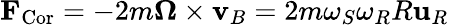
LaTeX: \mathbf{F}_{\mathrm{Cor}}=-2m{\boldsymbol{\Omega}}\times\mathbf{v}_{B}=2m\omega_{S}\omega_{R}R\mathbf{u}_{R}